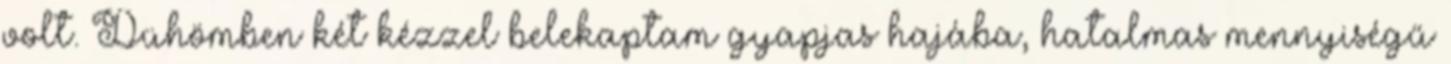
volt. Dühömben két kézzel belekaptam gyapjas hajába, hatalmas mennyiségű